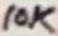
Text: 10K